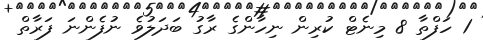
1 ހަފްތާ 8 މިނެޓް ކުރިން ނިހާންގެ ރާގު ބަދަލުވެ ނުފެންނަ ފަރާތް